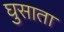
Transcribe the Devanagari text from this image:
घुसाता